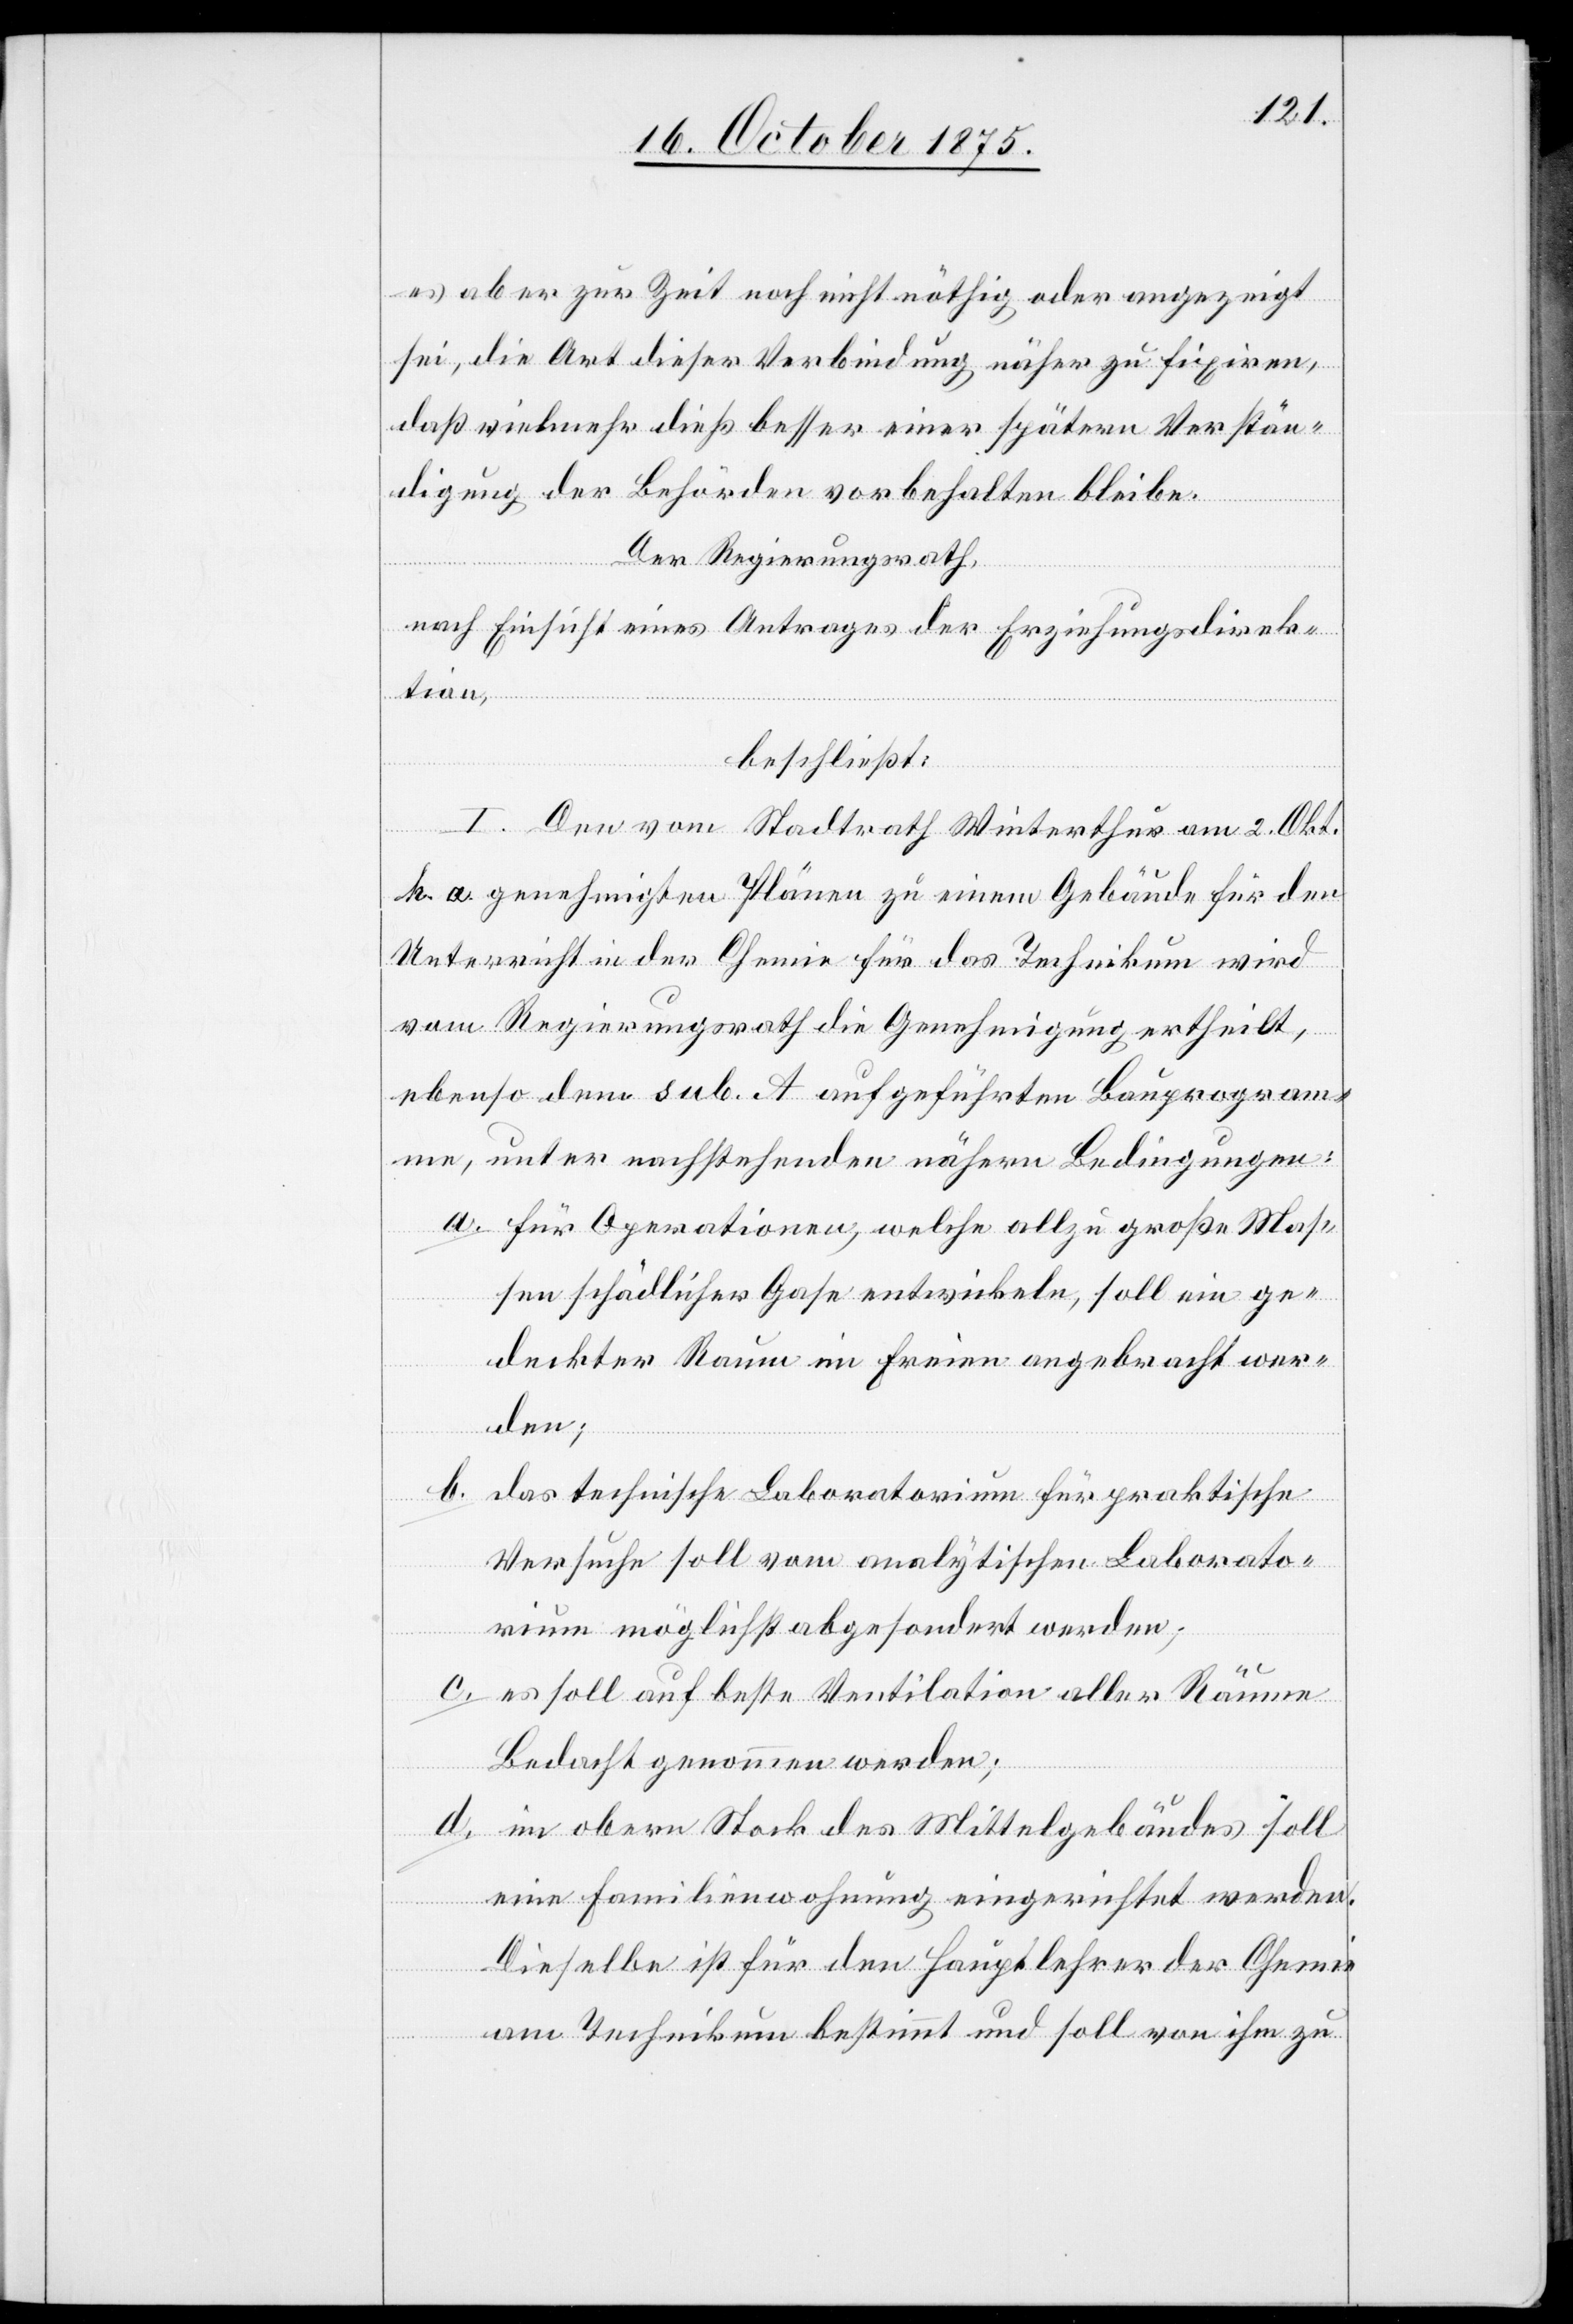
es aber zur Zeit noch nicht nöthig oder angezeigt
sei, die Art dieser Verbindung näher zu fixiren,
daß vielmehr dieß besser einer spätern Verstän¬
digung der Behörden vorbehalten bleibe.
Der Regierungsrath,
nach Einsicht eines Antrages der Erziehungsdirek¬
tion,
b.
beschließt:
I. Den vom Stadtrath Winterthur am 2. Okt.
genehmigten Plänen zu einem Gebäude für den
Unterricht in der Chemie für das Technikum wird
vom Regierungsrath die Genehmigung ertheilt,
ebenso dem sub. A. aufgeführten Bauprogram¬
me, unter nachstehenden nähern Bedingungen:
a. für Operationen, welche allzu große Mas¬
sen schädlicher Gase entwickeln, soll ein ge¬
deckter Raum im Freien angebracht wer¬
den;
das technische Laboratorium für praktische
Versuche soll vom analytischen Laborato¬
rium möglichst abgesondert werden;
c. es soll auf beste Ventilation aller Räume
Bedacht genommen werden;
d. im obern Stock des Mittelgebäudes soll
eine Familienwohnung eingerichtet werden.
Dieselbe ist für den Hauptlehrer der Chemie
am Technikum bestimmt und soll von ihm zu